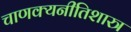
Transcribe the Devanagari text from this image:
चाणक्यनीतिशास्त्र